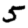
Digit: 5